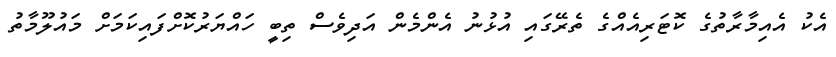
އެކު އެއިމާރާތުގެ ކޮޓަރިއެއްގެ ތެރޭގައި އުޅުނު އެންމެން އަދިވެސް ތިބީ ހައްޔަރުކޮށްފައިކަމަށް މައުލޫމާތު